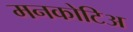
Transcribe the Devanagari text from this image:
मनकोटिअ